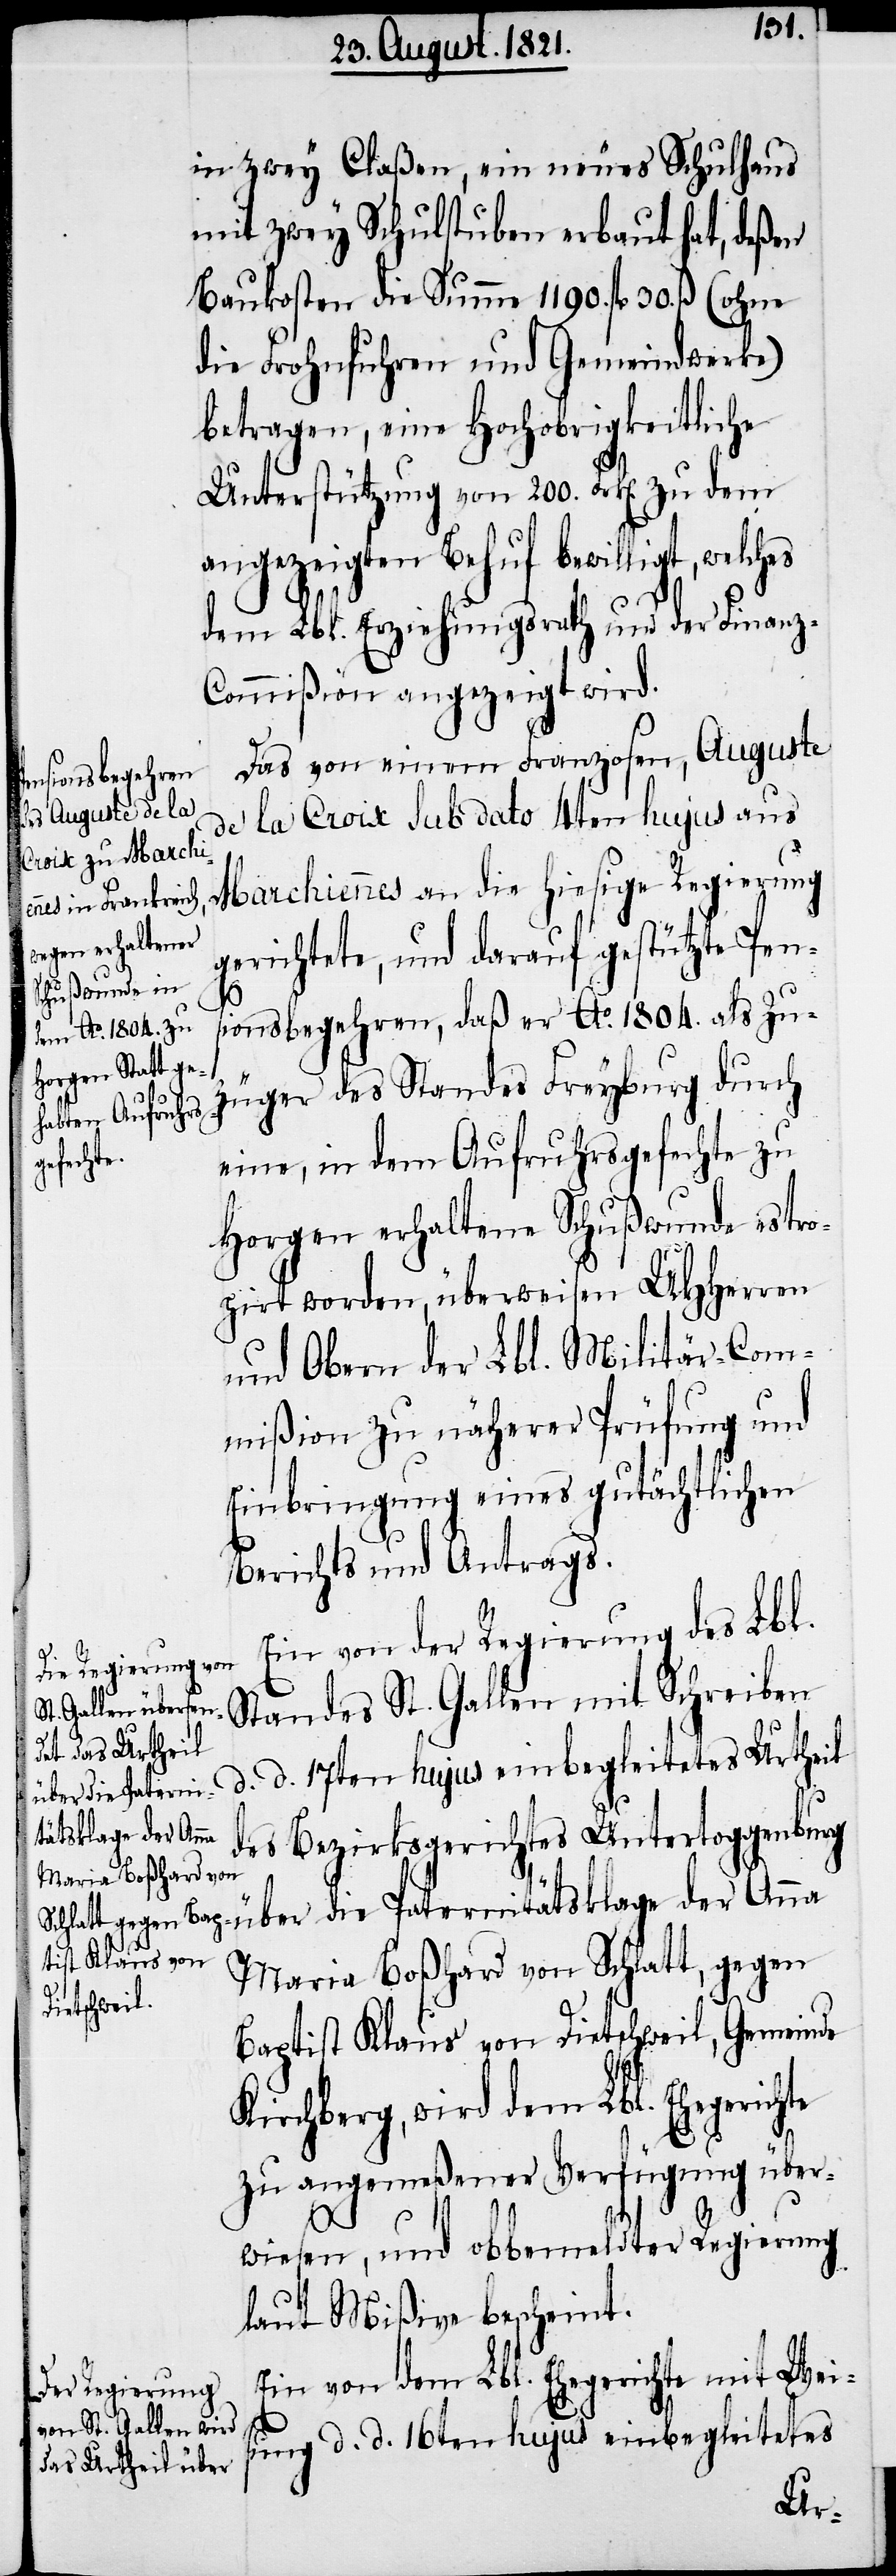
in zwey Claßen, ein neues Schulhaus
mit zwey Schulstuben erbaut hat, deßen
Baukosten die Summe 1190. fl. 30. ß (ohne
die Frohnfuhren und Gemeindwerke)
betragen, eine Hochobrigkeitliche
Unterstützung von 200. Frk[en]. zu
angezeigten Behuf bewilligt, welches
dem Lbl. Erziehungsrath und der Finan¬
z-Commißion angezeigt wird.
Das von einem Franzosen, Auguste
de la Croix sub dato 4ten hujus aus
Marchiennes an die hiesige Regierung
gerichtete, und darauf gestützte Pen¬
sionsbegehren, daß er Ao. 1804. als Zu¬
züger des Standes Freyburg durch
eine, in dem Aufruhrsgefechte zu
Horgen erhaltene Schußwunde estro¬
pirt worden, überweisen UHHerren
und Obern der Lbl. Militär-Com¬
mißion zu näherer Prüfung und
Einbringung eines gutächtlichen
Berichts und Antrags.
Ein von der Regierung des Lbl.
Standes St. Gallen mit Schreiben
d. d. 17ten hujus einbegleitetes Urtheil
des Bezirksgerichtes Untertoggenburg
über die Paternitätsklage der Anna
Maria Boßhard von Schlatt, gegen
Baptist Klaus von Dietschweil, Gemeinde
Kirchberg, wird dem Lbl. Ehegerichte
zu angemeßener Verfügung über¬
wiesen, und obbemeldter Regierung
laut Mißive bescheint.
Ein von dem Lbl. Ehegerichte mit Wei¬
sung d. d. 16ten hujus einbegleitetes